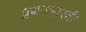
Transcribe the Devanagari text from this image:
प्रणवभारती